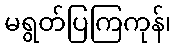
မရွတ်ပြကြကုန်၊